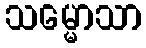
သမ္မောသာ